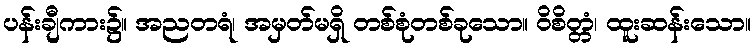
ပန်းချီကား၌။ အညတရံ၊ အမှတ်မရှိ တစ်စုံတစ်ခုသော။ ဝိစိတ္တံ၊ ထူးဆန်းသော။